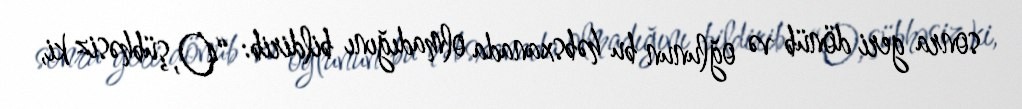
sonra geri dönüb və oğlunun bu həbsxanada olmadığını bildirib: “O, şübhəsiz ki,